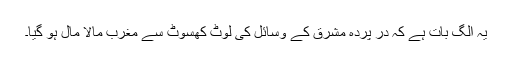
یہ الگ بات ہے كہ در پردہ مشرق كے وسائل كی لوٹ كھسوٹ سے مغرب مالا مال ہو گیا۔